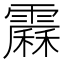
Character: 𩅩